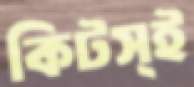
কিটস্ই